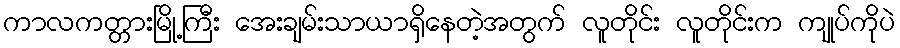
ကာလကတ္တားမြို့ကြီး အေးချမ်းသာယာရှိနေတဲ့အတွက် လူတိုင်း လူတိုင်းက ကျုပ်ကိုပဲ